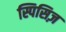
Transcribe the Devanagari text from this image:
स्पिसिज़